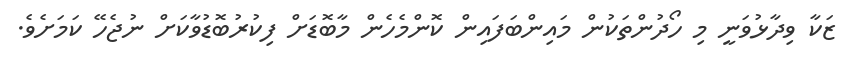
ޒަކާ ވިދާޅުވަނީ މި ހޯދުންތަކުން މައިންބަފައިން ކޮންމެހެން މާބޮޑަށް ފިކުރުބޮޑުވާކަށް ނުޖެހޭ ކަމަށެވެ.